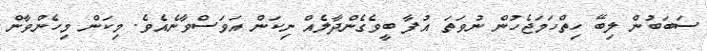
ސަބަބުން ލިބޭ ހިތްހަމަޖެހުން ނުވަތަ އުފާ ބީވެގެންދާލެއް ނިކަން އަވަސްވާނެއެވެ. މިކަން މިހެންވާން